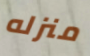
منزله